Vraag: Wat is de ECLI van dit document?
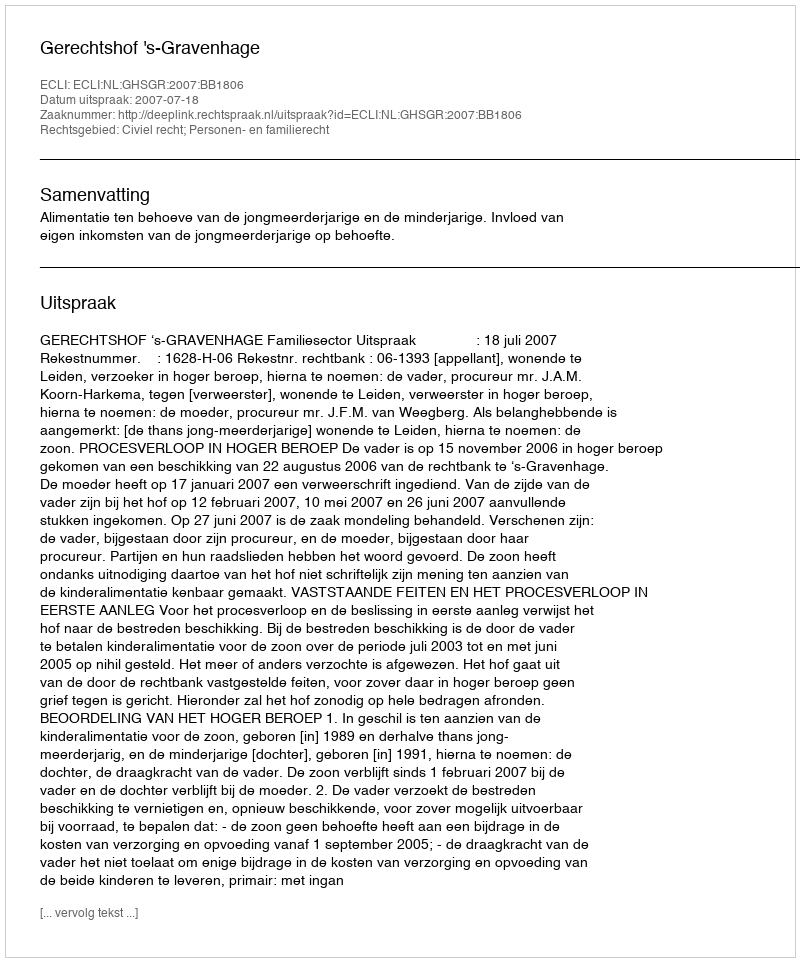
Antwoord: ECLI:NL:GHSGR:2007:BB1806